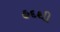
હદથી